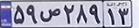
۵۹ص۲۸۹۱۳